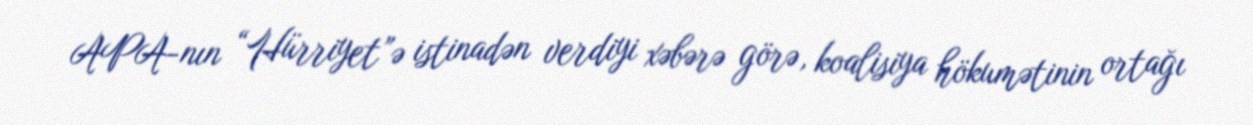
APA-nın “Hürriyet”ə istinadən verdiyi xəbərə görə, koalisiya hökumətinin ortağı